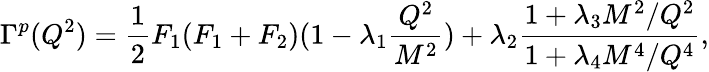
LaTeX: \Gamma^{p}(Q^{2})={\frac{1}{2}}F_{1}(F_{1}+F_{2})(1-\lambda_{1}{\frac{Q^{2}}{M^{2}}})+\lambda_{2}{\frac{1+\lambda_{3}M^{2}/Q^{2}}{1+\lambda_{4}M^{4}/Q^{4}}},